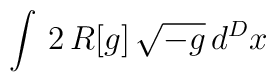
\int \, 2 \,R[g] \, \sqrt{-g} \, d^Dx